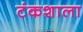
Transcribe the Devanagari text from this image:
टंकशाला